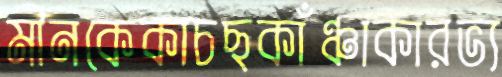
মীনকেকাচছকাঁঞ্চাকারভ্য